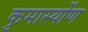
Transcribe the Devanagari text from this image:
कुमास्योंण